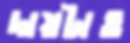
দায়টাও